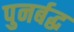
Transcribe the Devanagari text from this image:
पुनर्बद्ध